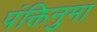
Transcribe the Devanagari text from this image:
पंक्तिनुमा